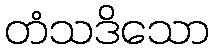
တံသဒိသော